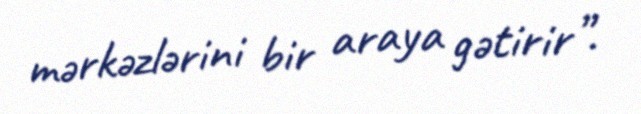
mərkəzlərini bir araya gətirir”.